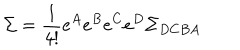
\Sigma = \frac { 1 } { 4 ! } e ^ { A } e ^ { B } e ^ { C } e ^ { D } \Sigma _ { D C B A }